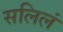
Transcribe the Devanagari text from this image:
सलिलं